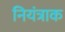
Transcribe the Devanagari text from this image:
नियंत्राक